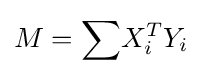
M=\sum {\!X_{i}^{T}Y_{i}}